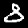
Digit: 8